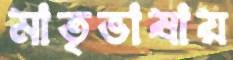
মাতৃভাষায়